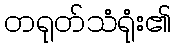
တရုတ်သံရုံး၏